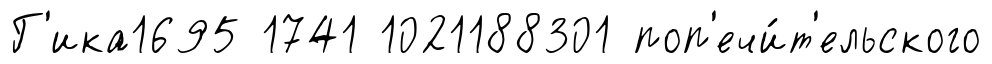
Г'ика1695 1741 1021188301 поп'ечи́т'ельского